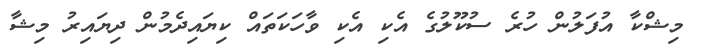
މިޝްކާ އުފަލުން ހުރެ ސުކޫލުގެ އެކި އެކި ވާހަކަތައް ކިޔައިދެމުން ދިޔައިރު މިޝާ